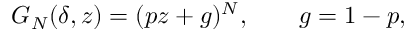
G _ { N } ( \delta , z ) = ( p z + g ) ^ { N } , \qquad g = 1 - p ,